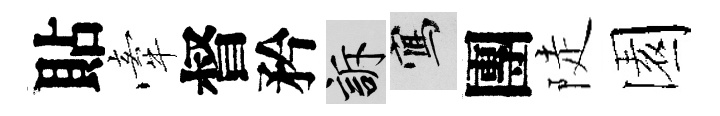
貼牽督矜訴寫團陡園